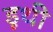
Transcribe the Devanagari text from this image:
डूथी